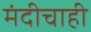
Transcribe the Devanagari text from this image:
मंदीचाही